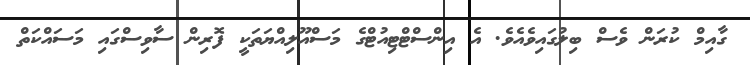
ގާއިމް ކުރަން ވެސް ބިލުގައިވެއެވެ. އެ އިންސްޓްޓިއުޓްގެ މަސްއޫލިއްޔަތަކީ ފޮރިން ސާވިސްގައި މަސައްކަތް